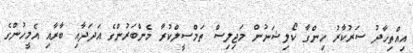
އިއްތިހާދު ސަރުކާރު ހިންގާ ކޯލިޝަނުން މަޖިލިސް ތަމްސީލްކުރާ މެންބަރުންގެ އަދަދާއި ބާރާއި އެމީހުންގެ